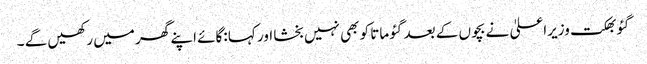
گئو بھکت وزیراعلیٰ نے بچوں کے بعد گئو ماتا کو بھی نہیں بخشا اور کہا :گائے اپنے گھر میں رکھیں گے ۔